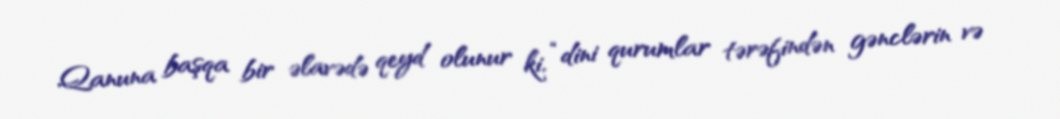
Qanuna başqa bir əlavədə qeyd olunur ki, “dini qurumlar tərəfindən gənclərin və